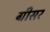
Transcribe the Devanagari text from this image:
ग्रीसर